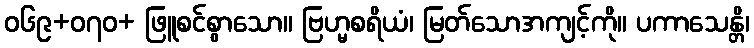
ဝ၆၉+၀၇ဝ+ ဖြူစင်စွာသော။ ဗြဟ္မစရိယံ၊ မြတ်သောအကျင့်ကို။ ပကာသေန္တိ၊